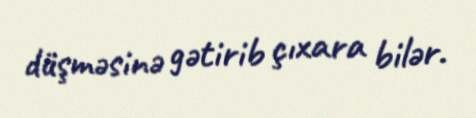
düşməsinə gətirib çıxara bilər.